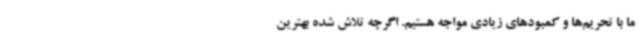
ما با تحریم‌ها و کمبودهای زیادی مواجه هستیم. اگرچه تلاش شده بهترین